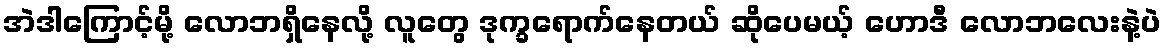
အဲဒါကြောင့်မို့ လောဘရှိနေလို့ လူတွေ ဒုက္ခရောက်နေတယ် ဆိုပေမယ့် ဟောဒီ လောဘလေးနဲ့ပဲ